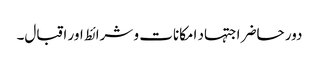
دور حاضر اجتہاد امکانات و شرائط اور اقبال۔